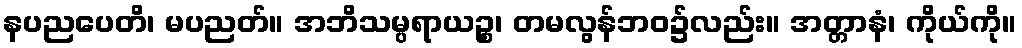
နပညပေတိ၊ မပညတ်။ အဘိသမ္ပရာယဉ္စ၊ တမလွန်ဘဝ၌လည်း။ အတ္တာနံ၊ ကိုယ်ကို။